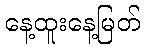
နေ့ထူးနေ့မြတ်